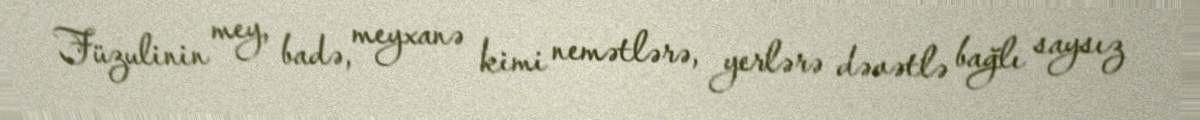
Füzulinin mey, badə, meyxanə kimi nemətlərə, yerlərə dəvətlə bağlı saysız